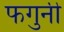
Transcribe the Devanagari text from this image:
फगुनी